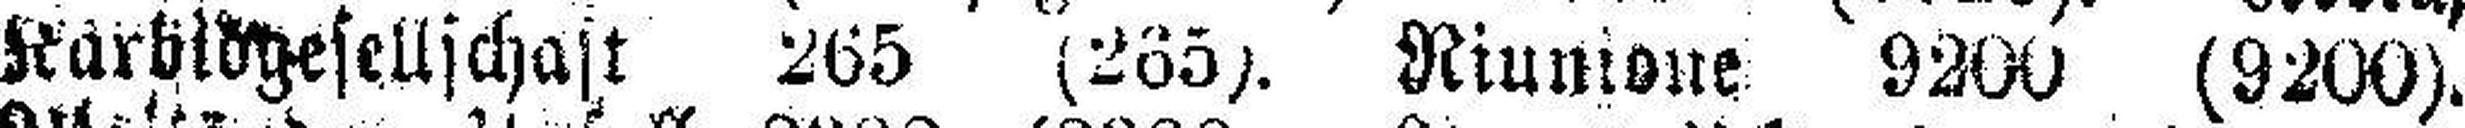
Karbidgesellschaft 265 (265). Riunione 9200 (9200).